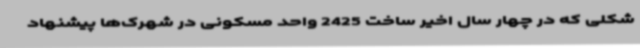
شکلی که در چهار سال اخیر ساخت 2425 واحد مسکونی در شهرک‌ها پیشنهاد